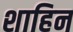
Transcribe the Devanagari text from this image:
शाहिन